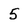
Character: 5